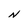
Character: N